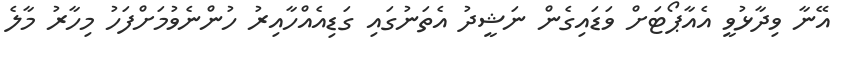
އޭނާ ވިދާޅުވީ އެއާޕޯޓަށް ވަޑައިގެން ނަޝީދު އެތަނުގައި ގަޑިއެއްހާއިރު ހުންނެވުމަށްފަހު މިހާރު މާލެ